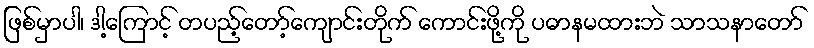
ဖြစ်မှာပါ၊ ဒါ့ကြောင့် တပည့်တော့်ကျောင်းတိုက် ကောင်းဖို့ကို ပဓာနမထားဘဲ သာသနာတော်